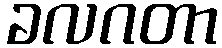
ခလဂတာ